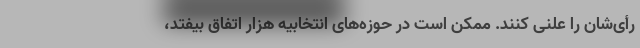
رأی‌شان را علنی کنند. ممکن است در حوزه‌های انتخابیه هزار اتفاق بیفتد،